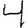
Digit: 4